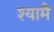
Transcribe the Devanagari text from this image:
श्यामै